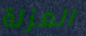
العزلة